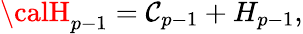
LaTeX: {\calH}_{p-1}=\mathcal{C}_{p-1}+H_{p-1},